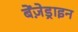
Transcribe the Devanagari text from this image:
बेंज़ेड्राइन